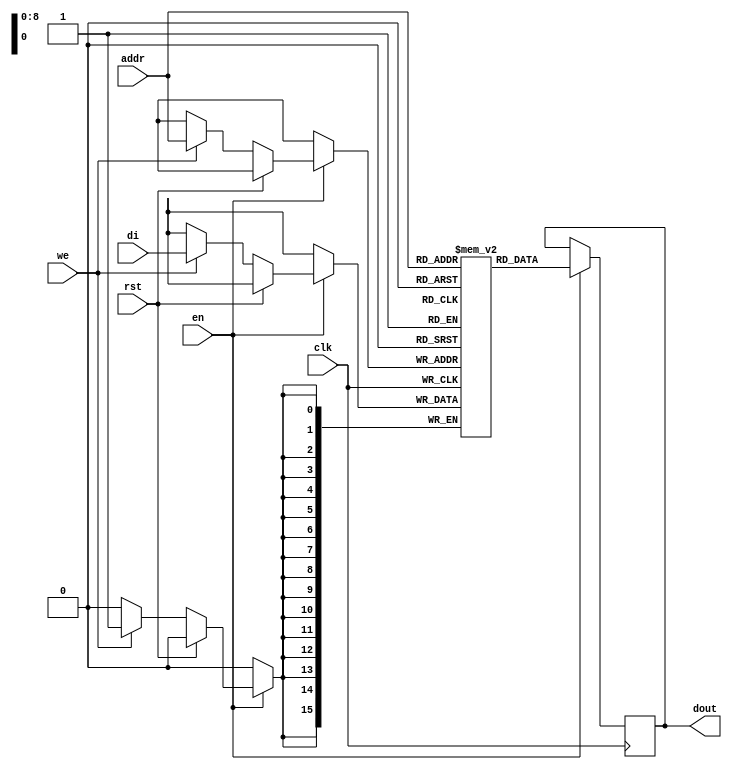

module rams_sp_rf_rst_en_sync_512x16_logic (clk, we, en, rst, addr, di, dout);
input clk;
input we;
input en;
input rst;
input [8:0] addr;
input [15:0] di;
output [15:0] dout;

(* ram_style = "logic" *)
reg [15:0] RAM [511:0];
reg [15:0] dout;

always @(posedge clk)
    begin
        if (en)
        begin
            if (rst)
                dout <= 0;
            else if (we)
                RAM[addr] <= di;
         
            dout <= RAM[addr];
        end
    end
endmodule